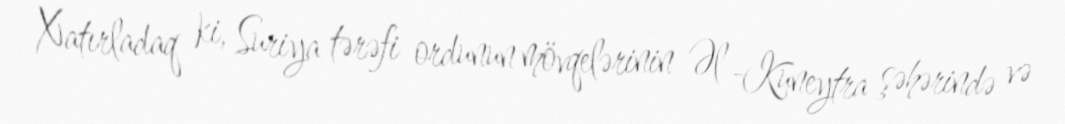
Xatırladaq ki, Suriya tərəfi ordunun mövqelərinin Əl -Kuneytra şəhərində və